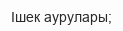
Ішек аурулары;